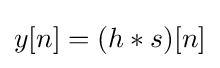
y[n]=(h*s)[n]